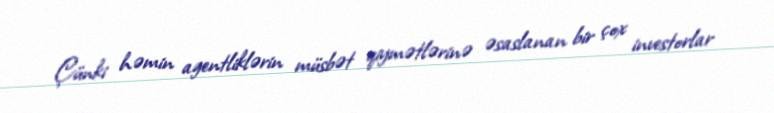
Çünki həmin agentliklərin müsbət qiymətlərinə əsaslanan bir çox investorlar